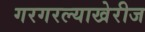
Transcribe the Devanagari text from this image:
गरगरल्याखेरीज